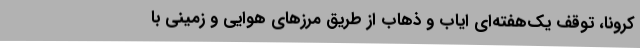
کرونا، توقف یک‌هفته‌ای ایاب و ذهاب از طریق مرزهای هوایی و زمینی با